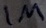
Text: 1M